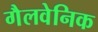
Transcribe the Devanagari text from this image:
गैलवेनिक